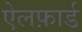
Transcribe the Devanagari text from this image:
ऐलफ़ार्ड